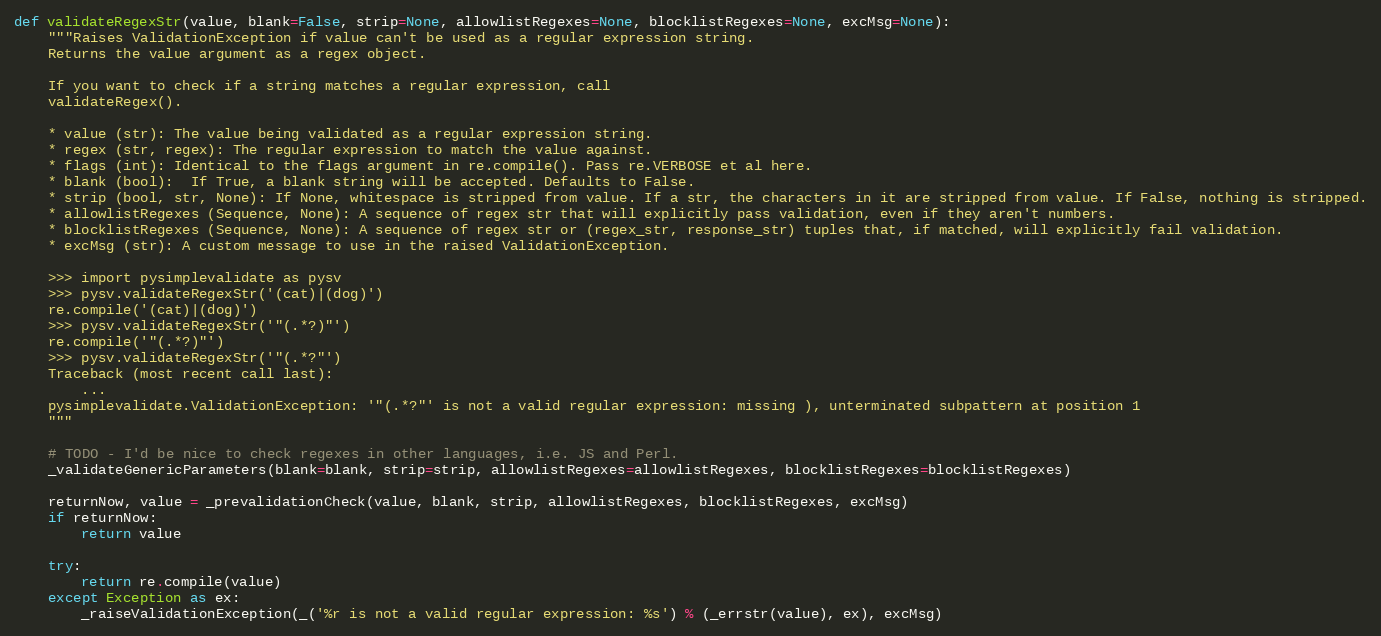
Language: Python
def validateRegexStr(value, blank=False, strip=None, allowlistRegexes=None, blocklistRegexes=None, excMsg=None):
    """Raises ValidationException if value can't be used as a regular expression string.
    Returns the value argument as a regex object.

    If you want to check if a string matches a regular expression, call
    validateRegex().

    * value (str): The value being validated as a regular expression string.
    * regex (str, regex): The regular expression to match the value against.
    * flags (int): Identical to the flags argument in re.compile(). Pass re.VERBOSE et al here.
    * blank (bool):  If True, a blank string will be accepted. Defaults to False.
    * strip (bool, str, None): If None, whitespace is stripped from value. If a str, the characters in it are stripped from value. If False, nothing is stripped.
    * allowlistRegexes (Sequence, None): A sequence of regex str that will explicitly pass validation, even if they aren't numbers.
    * blocklistRegexes (Sequence, None): A sequence of regex str or (regex_str, response_str) tuples that, if matched, will explicitly fail validation.
    * excMsg (str): A custom message to use in the raised ValidationException.

    >>> import pysimplevalidate as pysv
    >>> pysv.validateRegexStr('(cat)|(dog)')
    re.compile('(cat)|(dog)')
    >>> pysv.validateRegexStr('"(.*?)"')
    re.compile('"(.*?)"')
    >>> pysv.validateRegexStr('"(.*?"')
    Traceback (most recent call last):
        ...
    pysimplevalidate.ValidationException: '"(.*?"' is not a valid regular expression: missing ), unterminated subpattern at position 1
    """

    # TODO - I'd be nice to check regexes in other languages, i.e. JS and Perl.
    _validateGenericParameters(blank=blank, strip=strip, allowlistRegexes=allowlistRegexes, blocklistRegexes=blocklistRegexes)

    returnNow, value = _prevalidationCheck(value, blank, strip, allowlistRegexes, blocklistRegexes, excMsg)
    if returnNow:
        return value

    try:
        return re.compile(value)
    except Exception as ex:
        _raiseValidationException(_('%r is not a valid regular expression: %s') % (_errstr(value), ex), excMsg)